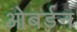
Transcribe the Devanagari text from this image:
ओबर्डन